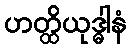
ဟတ္ထိယုဒ္ဓါနံ